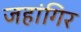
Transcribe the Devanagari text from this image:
जहांगिर